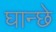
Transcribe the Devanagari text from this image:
घान्छे